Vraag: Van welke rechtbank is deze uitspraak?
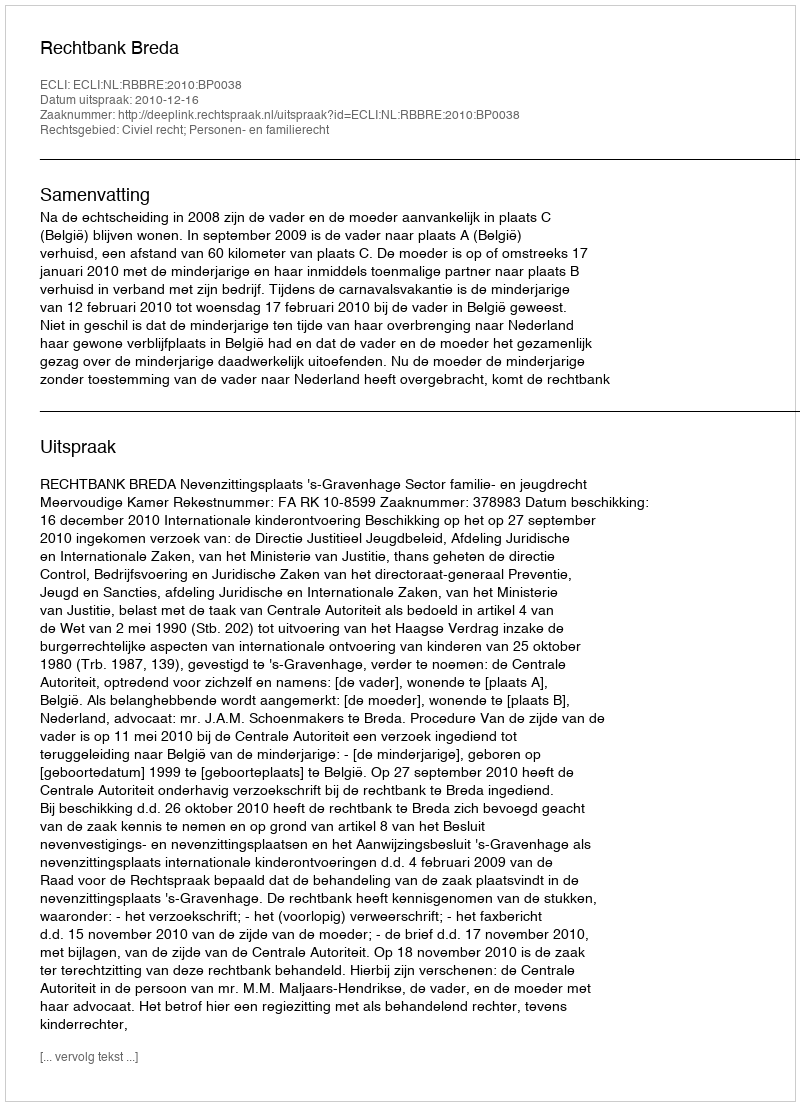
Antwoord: Rechtbank Breda